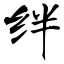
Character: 绊